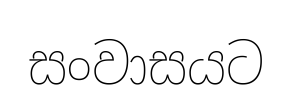
සංවාසයට